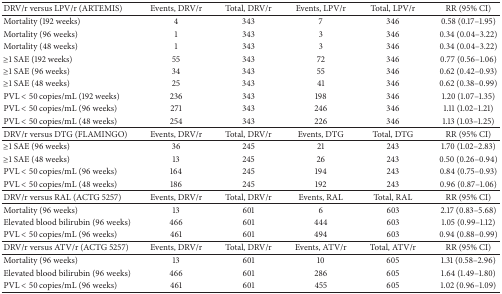
<table><thead><tr><td><b>DRV/r versus LPV/r (ARTEMIS)</b></td><td><b>Events, DRV/r</b></td><td><b>Total, DRV/r</b></td><td><b>Events, LPV/r</b></td><td><b>Total, LPV/r</b></td><td><b>RR (95% CI)</b></td></tr></thead><tbody><tr><td>Mortality (192 weeks)</td><td>4</td><td>343</td><td>7</td><td>346</td><td>0.58 (0.17–1.95)</td></tr><tr><td>Mortality (96 weeks)</td><td>1</td><td>343</td><td>3</td><td>346</td><td>0.34 (0.04–3.22)</td></tr><tr><td>Mortality (48 weeks)</td><td>1</td><td>343</td><td>3</td><td>346</td><td>0.34 (0.04–3.22)</td></tr><tr><td>≥1 SAE (192 weeks)</td><td>55</td><td>343</td><td>72</td><td>346</td><td>0.77 (0.56–1.06)</td></tr><tr><td>≥1 SAE (96 weeks)</td><td>34</td><td>343</td><td>55</td><td>346</td><td>0.62 (0.42–0.93)</td></tr><tr><td>≥1 SAE (48 weeks)</td><td>25</td><td>343</td><td>41</td><td>346</td><td>0.62 (0.38–0.99)</td></tr><tr><td>PVL &lt; 50 copies/mL (192 weeks)</td><td>236</td><td>343</td><td>198</td><td>346</td><td>1.20 (1.07–1.35)</td></tr><tr><td>PVL &lt; 50 copies/mL (96 weeks)</td><td>271</td><td>343</td><td>246</td><td>346</td><td>1.11 (1.02–1.21)</td></tr><tr><td>PVL &lt; 50 copies/mL (48 weeks)</td><td>254</td><td>343</td><td>226</td><td>346</td><td>1.13 (1.03–1.25)</td></tr><tr><td>DRV/r versus DTG (FLAMINGO)</td><td>Events, DRV/r</td><td>Total, DRV/r</td><td>Events, DTG</td><td>Total, DTG</td><td>RR (95% CI)</td></tr><tr><td>≥1 SAE (96 weeks)</td><td>36</td><td>245</td><td>21</td><td>243</td><td>1.70 (1.02–2.83)</td></tr><tr><td>≥1 SAE (48 weeks)</td><td>13</td><td>245</td><td>26</td><td>243</td><td>0.50 (0.26–0.94)</td></tr><tr><td>PVL &lt; 50 copies/mL (96 weeks)</td><td>164</td><td>245</td><td>194</td><td>243</td><td>0.84 (0.75–0.93)</td></tr><tr><td>PVL &lt; 50 copies/mL (48 weeks)</td><td>186</td><td>245</td><td>192</td><td>243</td><td>0.96 (0.87–1.06)</td></tr><tr><td>DRV/r versus RAL (ACTG 5257)</td><td>Events, DRV/r</td><td>Total, DRV/r</td><td>Events, RAL</td><td>Total, RAL</td><td>RR (95% CI)</td></tr><tr><td>Mortality (96 weeks)</td><td>13</td><td>601</td><td>6</td><td>603</td><td>2.17 (0.83–5.68)</td></tr><tr><td>Elevated blood bilirubin (96 weeks)</td><td>466</td><td>601</td><td>444</td><td>603</td><td>1.05 (0.99–1.12)</td></tr><tr><td>PVL &lt; 50 copies/mL (96 weeks)</td><td>461</td><td>601</td><td>494</td><td>603</td><td>0.94 (0.88–0.99)</td></tr><tr><td>DRV/r versus ATV/r (ACTG 5257)</td><td>Events, DRV/r</td><td>Total, DRV/r</td><td>Events, ATV/r</td><td>Total, ATV/r</td><td>RR (95% CI)</td></tr><tr><td>Mortality (96 weeks)</td><td>13</td><td>601</td><td>10</td><td>605</td><td>1.31 (0.58–2.96)</td></tr><tr><td>Elevated blood bilirubin (96 weeks)</td><td>466</td><td>601</td><td>286</td><td>605</td><td>1.64 (1.49–1.80)</td></tr><tr><td>PVL &lt; 50 copies/mL (96 weeks)</td><td>461</td><td>601</td><td>455</td><td>605</td><td>1.02 (0.96–1.09)</td></tr></tbody></table>